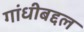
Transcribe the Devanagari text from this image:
गांधीबद्दल